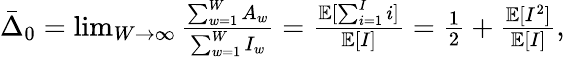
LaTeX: \begin{array}{r}{\bar{\Delta}_{0}=\operatorname*{lim}_{W\to\infty}\frac{\sum_{w=1}^{W}A_{w}}{\sum_{w=1}^{W}I_{w}}=\frac{\mathbb{E}[\sum_{i=1}^{I}i]}{\mathbb{E}[I]}=\frac{1}{2}+\frac{\mathbb{E}[I^{2}]}{\mathbb{E}[I]},}\end{array}